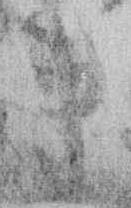
事